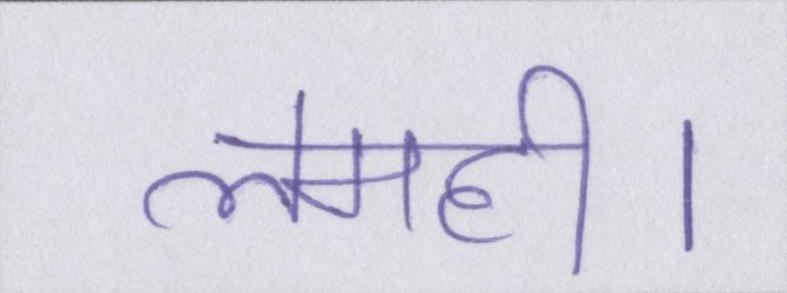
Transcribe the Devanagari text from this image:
लमही।